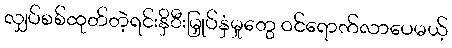
လျှပ်စစ်ထုတ်တဲ့ရင်းနှိီးမြှုပ်နှံမှုတွေ ဝင်ရောက်လာပေမယ့်